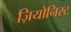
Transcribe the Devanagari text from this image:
ज़ियोनिस्ट